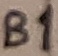
Text: B1